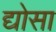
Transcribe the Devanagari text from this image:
द्योसा